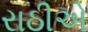
રાઠીએ